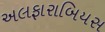
અલફારાબિયસ